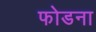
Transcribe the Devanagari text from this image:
फोडना